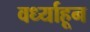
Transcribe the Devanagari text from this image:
वर्ध्याहून